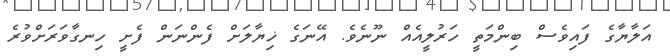
އަލާޔާގެ ފައިވެސް ބިންމަތީ ހަރުލީއެއް ނޫނެވެ. އޭނަގެ ޚިޔާލަށް ފެންނަން ފެށީ ހިނގާވަރަށްވުރެ